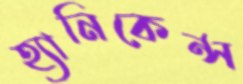
হ্যানিকেন্স